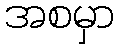
အစမှာ